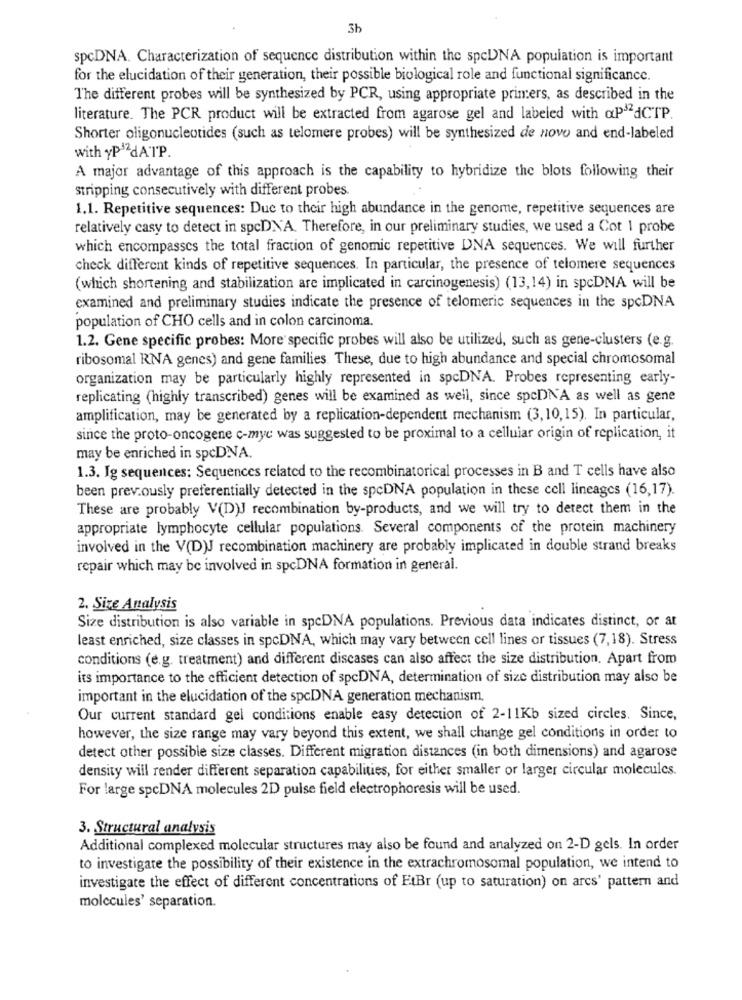
3b
spcDNA. Characterization of sequence distribution within the spcDNA population is important
for the elucidation of their generation, their possible biological role and functional significance.
The different probes will be synthesized by PCR, using appropriate primers, as described in the
literature. The PCR product will be extracted from agarose gel and labeled with aP 2dCTP.
Shorter oligonucleotides (such as telomere probes) will be synthesized de novo and end-labeled
with yP 2dATP.
A major advantage of this approach is the capability to hybridize the blots following their
stripping consecutively with different probes.
1.1. Repetitive sequences: Due to their high abundance in the genome, repetitive sequences are
relatively casy to detect in spcDNA. Therefore, in our preliminary studies, we used a Cot 1 probe
which encompasses the total fraction of genomic repetitive DNA sequences. We will further
check different kinds of repetitive sequences. In particular, the presence of telomere sequences
(which shortening and stabilization are implicated in carcinogenesis) (13,14) in spcDNA will be
examined and preliminary studies indicate the presence of telomeric sequences in the spcDNA
population of CHO cells and in colon carcinoma.
1.2. Gene specific probes: More specific probes will also be utilized, such as gene-clusters (e.g.
ribosomal RNA genes) and gene families. These, due to high abundance and special chromosomal
organization may be particularly highly represented in spcDNA. Probes representing early-
replicating (highly transcribed) genes will be examined as well, since spcDNA as well as gene
amplification, may be generated by a replication-dependent mechanism (3,10,15). In particular,
since the proto-oncogene c-myc was suggested to be proximal to a cellular origin of replication, it
may be enriched in spcDNA.
1.3. Ig sequences: Sequences related to the recombinatorical processes in B and T cells have also
been prev.ously preferentially detected in the spcDNA population in these cell lineagcs (16,17).
These are probably V(D)J recombination by-products, and we will try to detect them in the
appropriate lymphocyte cellular populations. Several components of the protein machinery
involved in the V(D)J recombination machinery are probably implicated in double strand breaks
repair which may be involved in spcDNA formation in general.
2. Size Analysis
Size distribution is also variable in spcDNA populations. Previous data indicates distinct, or at
least enriched, size classes in spcDNA, which may vary between cell lines or tissues (7,18). Stress
conditions (e.g. treatment) and different discases can also affect the size distribution. Apart from
its importance to the efficient detection of spcDNA, determination of size distribution may also be
important in the elucidation of the spcDNA generation mechanism.
Our current standard gel conditions enable easy detection of 2-11Kb sized circles. Since,
however, the size range may vary beyond this extent, we shall change gel conditions in order to
detect other possible size classes. Different migration distances (in both dimensions) and agarose
density will render different separation capabilities, for either smaller or larger circular molecules.
For large spcDNA molecules 2D pulse field electrophoresis will be used.
3. Structural analysis
Additional complexed molecular structures may also be found and analyzed on 2-D gels. In order
to investigate the possibility of their existence in the extrachromosomal population, we intend to
investigate the effect of different concentrations of EtBr (up to saturation) on arcs' pattern and
molecules' separation.